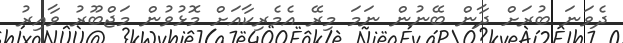
ދެވަނަ ބުރަށް ދާން ބޭނުން ނަމަ މިރޭ އެމެރިކާއަށް މޮޅުވުން މަޖްބޫރު ވާއިރު